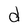
Character: d